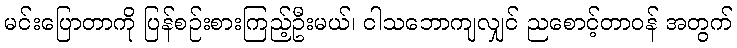
မင်းပြောတာကို ပြန်စဉ်းစားကြည့်ဦးမယ်၊ ငါသဘောကျလျှင် ညစောင့်တာဝန် အတွက်